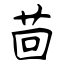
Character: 茴